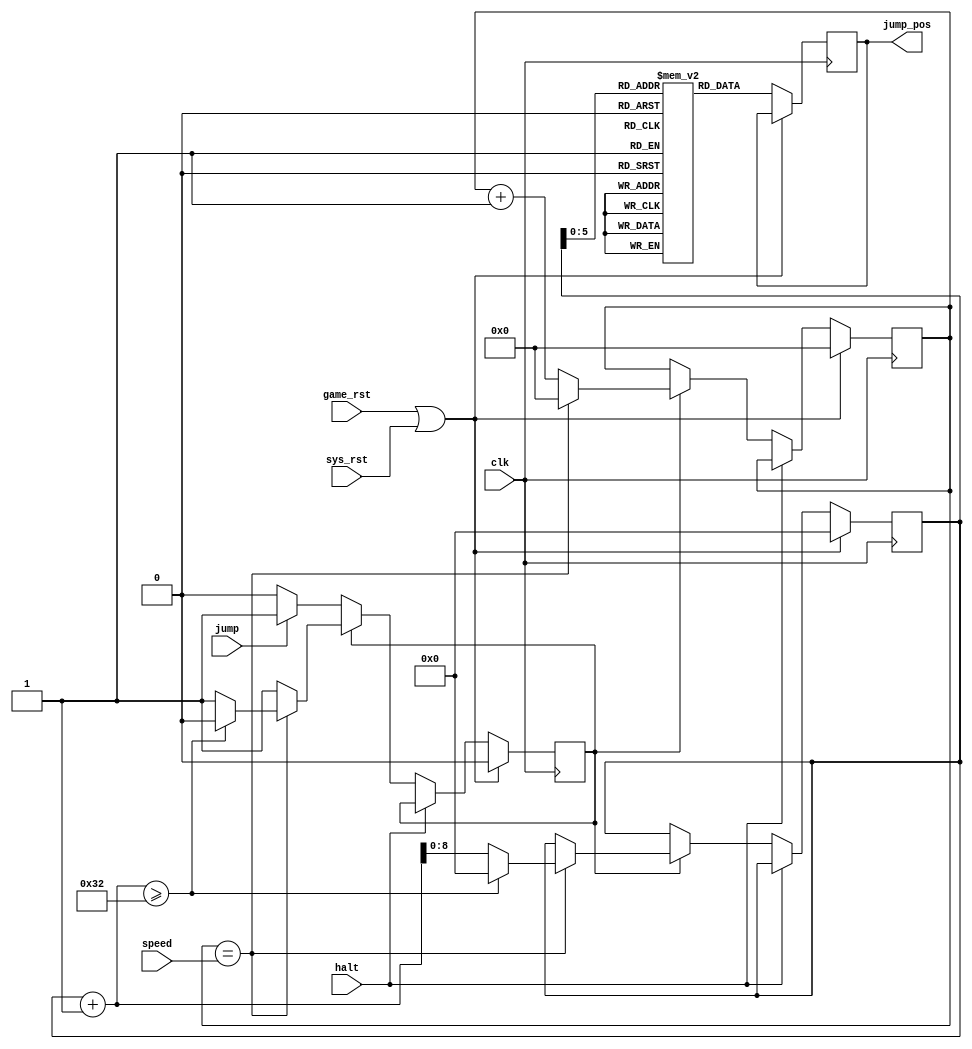
//SPDX-FileCopyrightText: 2021 Ethan Polcyn & Anish Singhani
//
// Licensed under the Apache License, Version 2.0 (the "License");
// you may not use this file except in compliance with the License.
// You may obtain a copy of the License at
//
//      http://www.apache.org/licenses/LICENSE-2.0
//
// Unless required by applicable law or agreed to in writing, software
// distributed under the License is distributed on an "AS IS" BASIS,
// WITHOUT WARRANTIES OR CONDITIONS OF ANY KIND, either express or implied.
// See the License for the specific language governing permissions and
// limitations under the License.
// SPDX-License-Identifier: Apache-2.0
`default_nettype none

// Processes jump physics
module jumping (
	input wire jump,
	input wire halt,
    
    input wire [23:0] speed,
	output reg [6:0] jump_pos,

	input wire game_rst,
	input wire clk,
	input wire sys_rst
);

reg [23:0] ctr;
reg [8:0] frame;
reg in_air;

reg [6:0] y_table[50:0];

always @(posedge clk) begin
	if (game_rst || sys_rst) begin
		ctr <= 0;
		frame <= 0;
		in_air <= 0;
	end
    else begin
        jump_pos <= y_table[frame];

        if (!halt) begin
            if (in_air) begin
                ctr <= ctr + 1;
                if (ctr == speed) begin
                    ctr <= 0;
                    frame <= frame + 1;

                    if (frame + 1 >= 50) begin
                        frame <= 0;
                        in_air <= 0;
                    end
                end
            end
            else if (jump) begin
                in_air <= 1;
            end
        end
    end
end

// Load precomputed jump heights
initial begin
    y_table[0]  = 7'b0000000;
    y_table[1]  = 7'b0000110;
    y_table[2]  = 7'b0001100;
    y_table[3]  = 7'b0010010;
    y_table[4]  = 7'b0010111;
    y_table[5]  = 7'b0011100;
    y_table[6]  = 7'b0100001;
    y_table[7]  = 7'b0100110;
    y_table[8]  = 7'b0101011;
    y_table[9]  = 7'b0101111;
    y_table[10] = 7'b0110011;
    y_table[11] = 7'b0110110;
    y_table[12] = 7'b0111010;
    y_table[13] = 7'b0111101;
    y_table[14] = 7'b1000000;
    y_table[15] = 7'b1000011;
    y_table[16] = 7'b1000101;
    y_table[17] = 7'b1000111;
    y_table[18] = 7'b1001001;
    y_table[19] = 7'b1001011;
    y_table[20] = 7'b1001100;
    y_table[21] = 7'b1001101;
    y_table[22] = 7'b1001110;
    y_table[23] = 7'b1001111;
    y_table[24] = 7'b1001111;
    y_table[25] = 7'b1010000;
    y_table[26] = 7'b1001111;
    y_table[27] = 7'b1001111;
    y_table[28] = 7'b1001110;
    y_table[29] = 7'b1001101;
    y_table[30] = 7'b1001100;
    y_table[31] = 7'b1001011;
    y_table[32] = 7'b1001001;
    y_table[33] = 7'b1000111;
    y_table[34] = 7'b1000101;
    y_table[35] = 7'b1000011;
    y_table[36] = 7'b1000000;
    y_table[37] = 7'b0111101;
    y_table[38] = 7'b0111010;
    y_table[39] = 7'b0110110;
    y_table[40] = 7'b0110011;
    y_table[41] = 7'b0101111;
    y_table[42] = 7'b0101011;
    y_table[43] = 7'b0100110;
    y_table[44] = 7'b0100001;
    y_table[45] = 7'b0011100;
    y_table[46] = 7'b0010111;
    y_table[47] = 7'b0010010;
    y_table[48] = 7'b0001100;
    y_table[49] = 7'b0000110;
    y_table[50] = 7'b0000000;
end


endmodule